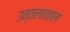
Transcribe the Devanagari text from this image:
उत्तलावतल